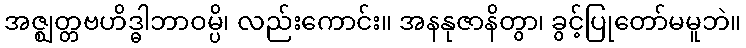
အဇ္ဈတ္တဗဟိဒ္ဓါဘာဝမ္ပိ၊ လည်းကောင်း။ အနနုဇာနိတွာ၊ ခွင့်ပြုတော်မမူဘဲ။